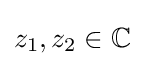
z_{1},z_{2}\in \mathbb {C}